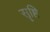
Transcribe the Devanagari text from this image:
सॄष्टि